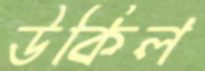
উকিল